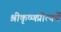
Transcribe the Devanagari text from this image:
श्रीकृष्णप्रीत्यर्थे